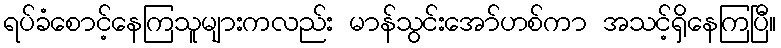
ရပ်ခံစောင့်နေကြသူများကလည်း မာန်သွင်းအော်ဟစ်ကာ အသင့်ရှိနေကြပြီ။